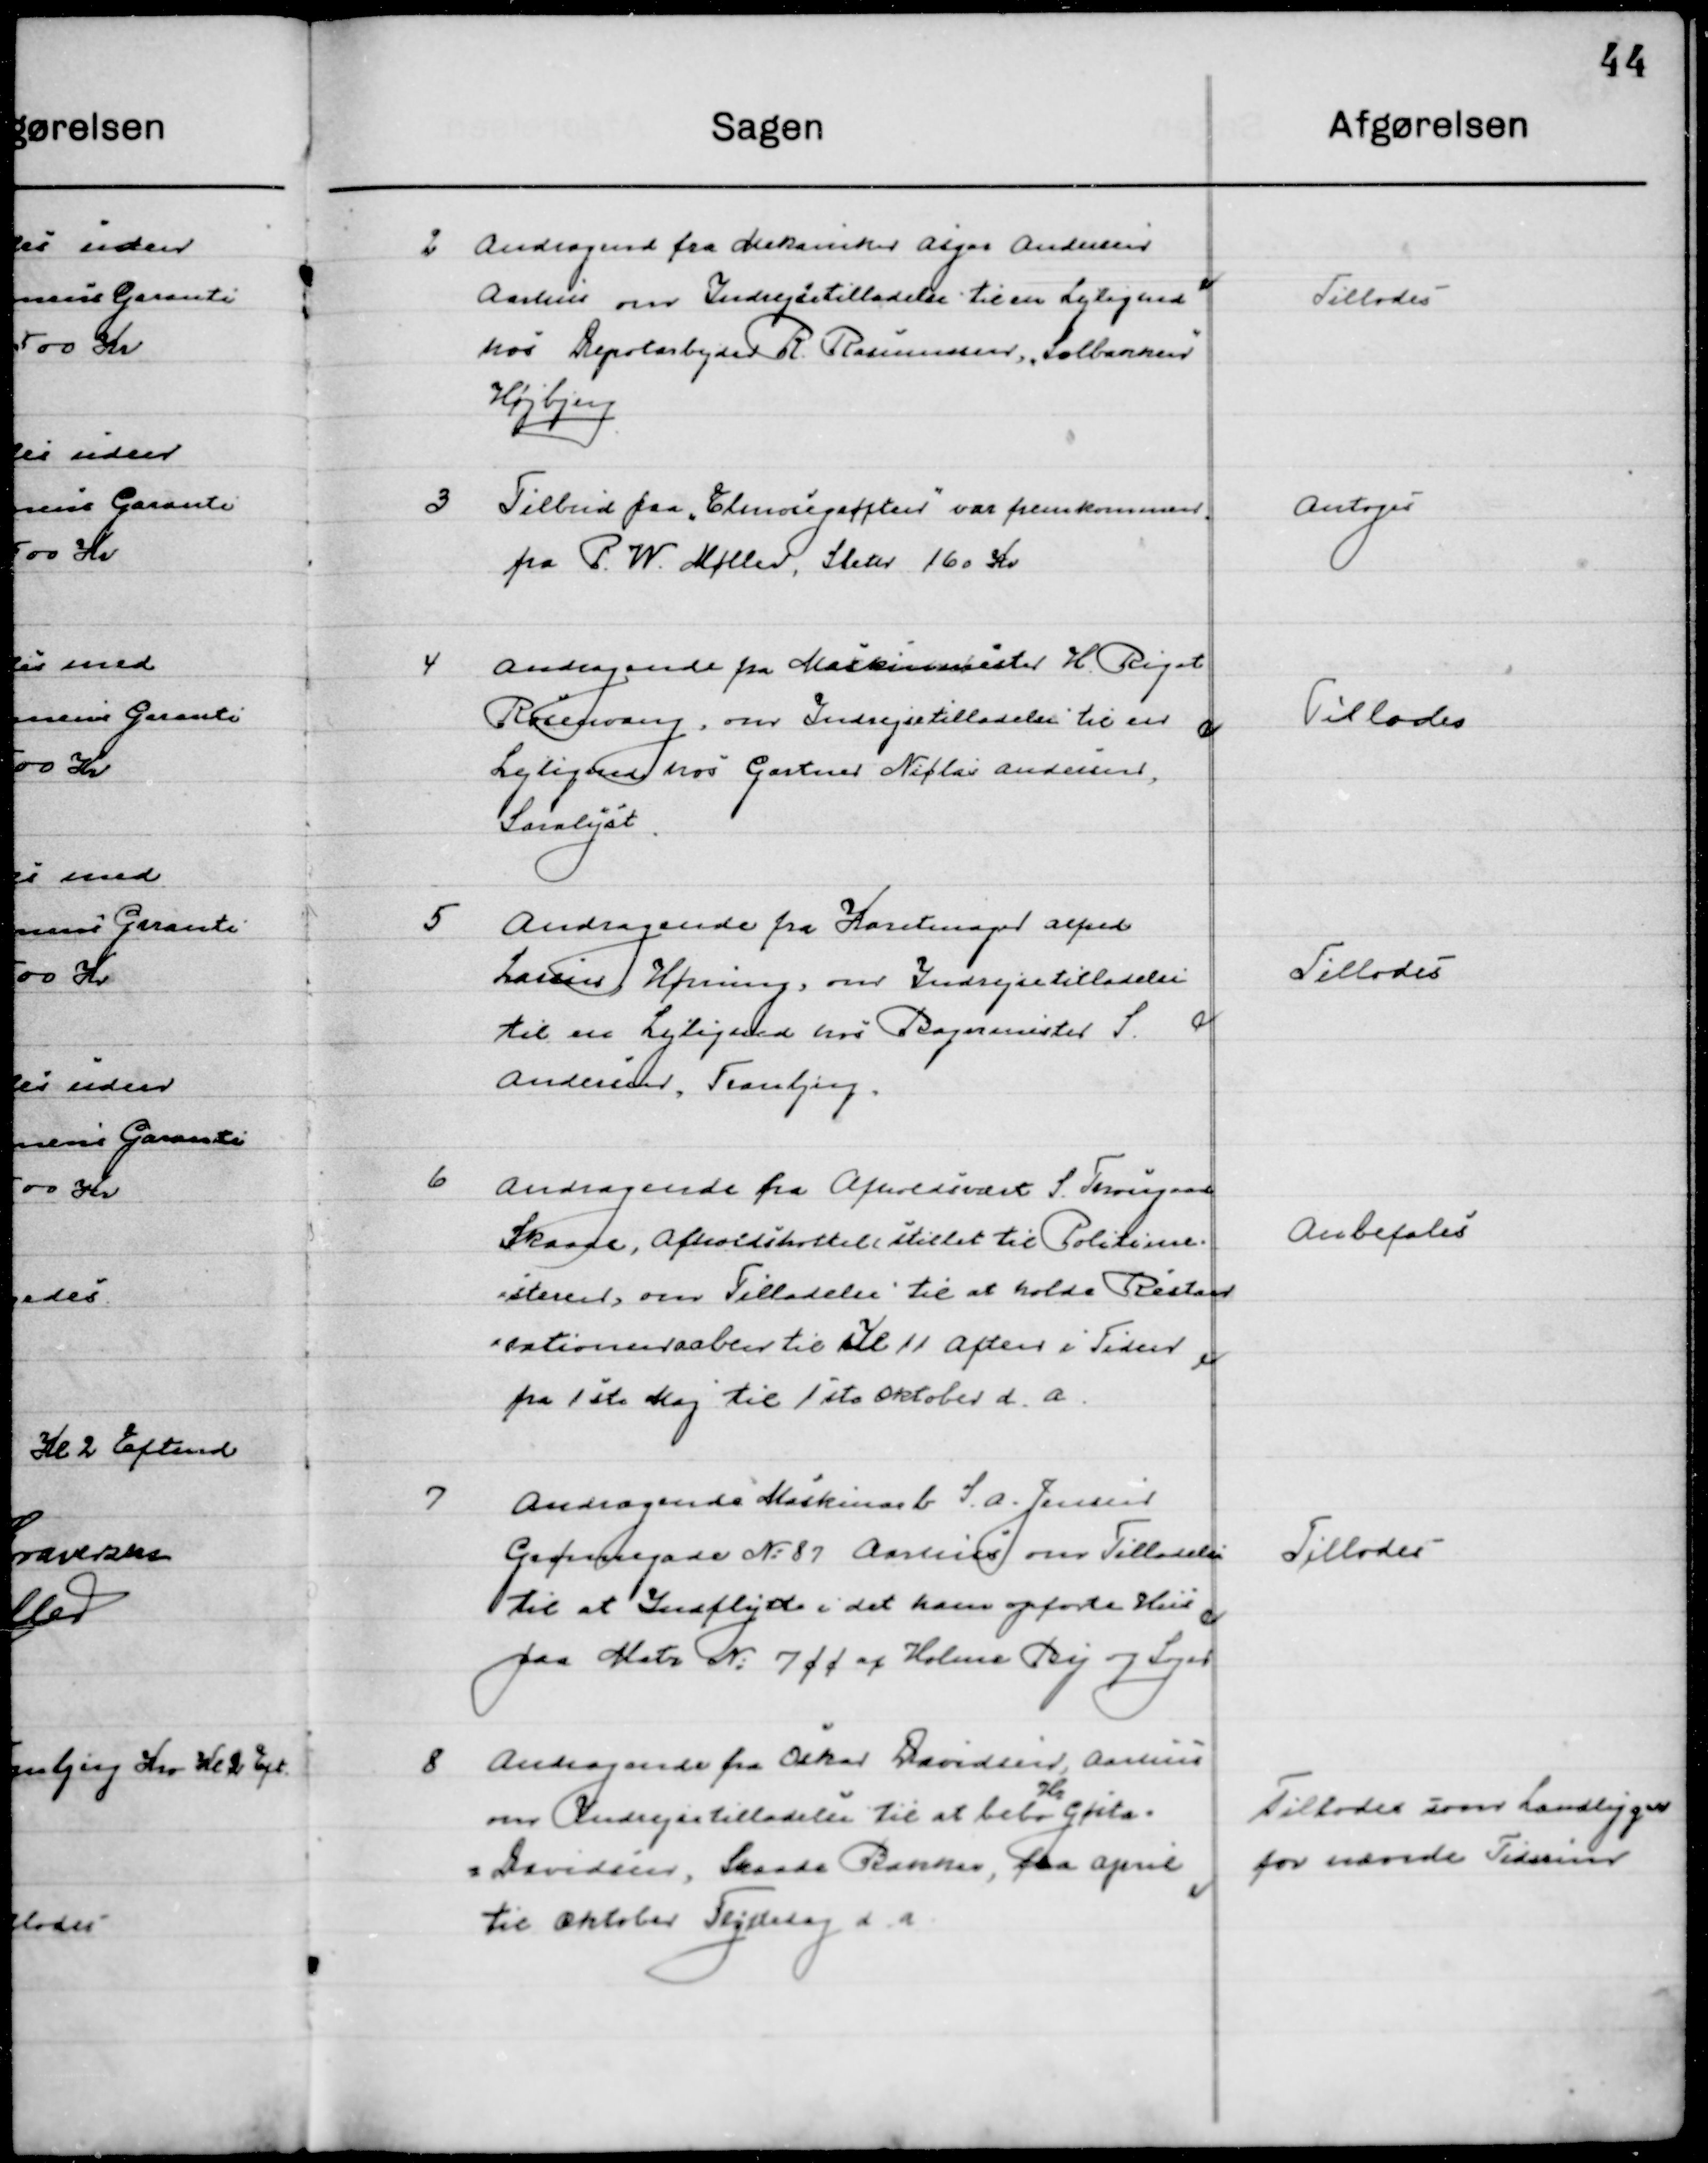
Transskription:
2

Andragende fra Mekaniker Asker Andersen
Aarhus om Indrejsetilladelse til en Lejlighed
hos Depotarbejder R. Rasmussen ”Solbakken”
Højbjerg

Tillodes

3

Tilbud paa ”Elmosegrøften” var fremkommen
fra P. W. Møller, Sleter 160 Kr.

Antoges

4

Andragende fra Maskinmester H. Riget
Rosenvang, om Indrejsetilladelse til en 
Lejlighed hos Gartner Niclas Andersen, 	
Saralyst.

Tillodes

5

Andragende fra Karetmager Alfred
Larsen Hørning, om Indrejsetilladelse 
til en Lejlighed hos Bagermester S. 
Andersen, Tranbjerg

Tillodes

6

Andragende fra Afholdsvæsenet S. Thorgaard
Skaade, Afholdshotellet, stilet til Politime-
steren om Tilladelse til at holde Restau-
rationen aaben til Kl. 11 aften i Tiden 
fra 1 Maj til 1ste Oktober d. a.

Anbefales

7

Andragende fra Maskinarb. S. A. Jensen
Grønnegade No. 87 Aarhus om Tilladelse
til at Indflytte i det ham opførte Hus
paa Matr. No. 7 øø af Holme By og Sogn.

Tillodes

8

Andragende fra Oskar Davidsen, Aarhus
om Indrejsetilladelse til at bebo Hr. Gøsta 
Davidsen, Skaade Bakker, fra April
til Oktober Trejdedag d. a.

Tillodes som Landligger
For nævnte Tidsrum